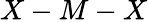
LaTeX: X-M-X